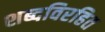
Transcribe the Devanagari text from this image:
शब्दविरहित